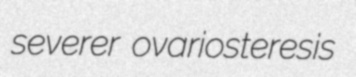
severer ovariosteresis